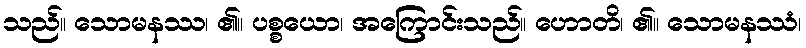
သည်။ သောမနဿ၊ ၏။ ပစ္စယော၊ အကြောင်းသည်။ ဟောတိ၊ ၏။ သောမနဿံ၊